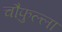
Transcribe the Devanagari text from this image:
चौफुल्ला